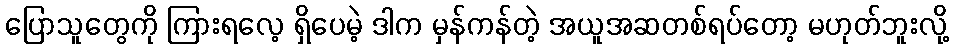
ပြောသူတွေကို ကြားရလေ့ ရှိပေမဲ့ ဒါက မှန်ကန်တဲ့ အယူအဆတစ်ရပ်တော့ မဟုတ်ဘူးလို့